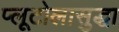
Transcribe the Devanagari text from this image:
प्लूटोलासुद्धा